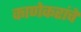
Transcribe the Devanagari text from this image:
काणेकरांचे